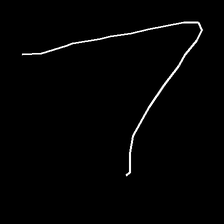
Glyph: region